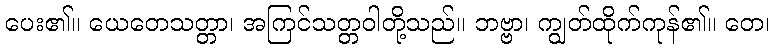
ပေး၏။ ယေတေသတ္တာ၊ အကြင်သတ္တဝါတို့သည်။ ဘဗ္ဗာ၊ ကျွတ်ထိုက်ကုန်၏။ တေ၊